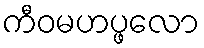
ကီဝမဟပ္ဖလော